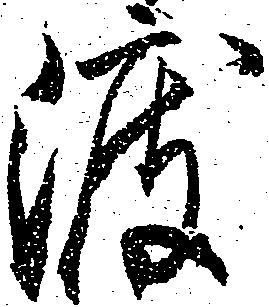
渡